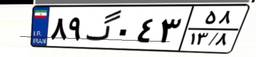
۸۹گ۰۴۳۵۸